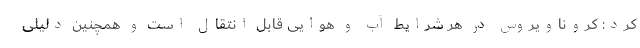
کرد: کروناویروس در هر شرایط آب و هوایی قابل انتقال است و همچنین دلیلی